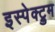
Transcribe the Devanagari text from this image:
इस्पेक्ट्रुम